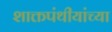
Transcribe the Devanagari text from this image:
शाक्तपंथीयांच्या